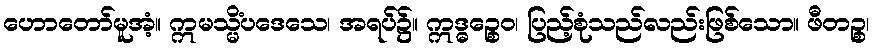
ဟောတော်မူအံ့။ ဣမသ္မိံပဒေသေ၊ အရပ်၌။ ဣဒ္ဓဉ္စေဝ၊ ပြည့်စုံသည်လည်းဖြစ်သော။ ဖီတဉ္စ၊